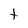
Character: t